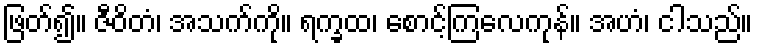
ဖြတ်၍။ ဇီဝိတံ၊ အသက်ကို။ ရက္ခထ၊ စောင့်ကြလေကုန်။ အဟံ၊ ငါသည်။